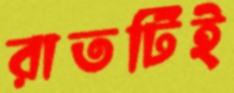
রাতটিই